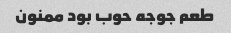
طعم جوجه حوب بود ممنون